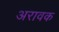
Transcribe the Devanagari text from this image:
अरावक